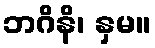
ဘဂိနိ၊ နှမ။